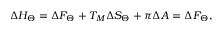
\Delta { H } _ { \Theta } = \Delta { F } _ { \Theta } + T _ { M } \Delta { S } _ { \Theta } + { \pi } \Delta { A } = \Delta { F } _ { \Theta } ,